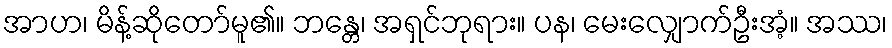
အာဟ၊ မိန့်ဆိုတော်မူ၏။ ဘန္တေ၊ အရှင်ဘုရား။ ပန၊ မေးလျှောက်ဦးအံ့။ အဿ၊